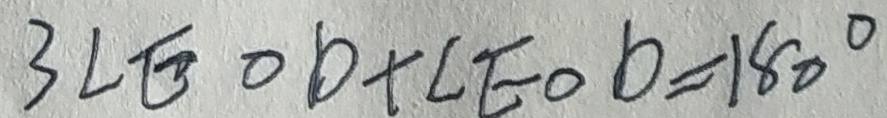
3 \angle E O D + \angle E O D = 1 8 0 ^ { \circ }